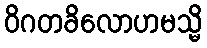
ဝိဂတခိလောဟမသ္မိ